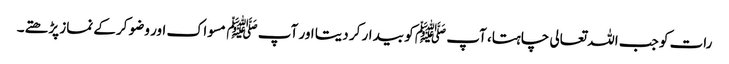
رات کو جب اللہ تعالی چاہتا، آپ ﷺ کو بیدار کر دیتا اور آپ ﷺ مسواک اور وضو کرکے نماز پڑھتے۔